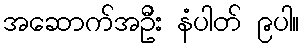
အဆောက်အဦး နံပါတ် ၉ပါ။